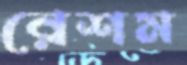
রেশম